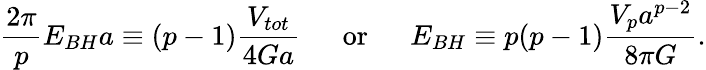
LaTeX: {\frac{2\pi}{p}}E_{BH}a\equiv(p-1){\frac{V_{tot}}{4Ga}}\ \ \ \ \ \ \mathrm{or}\ \ \ \ \ \ E_{BH}\equiv p(p-1){\frac{V_{p}a^{p-2}}{8\pi G}}.